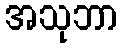
အသုဘာ